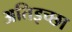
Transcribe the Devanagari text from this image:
अतिइच्छा